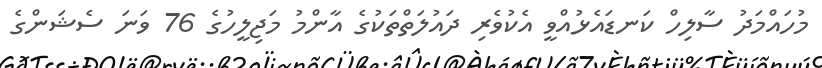
މުހައްމަދު ސާލިހް ކަނޑައެޅުއްވީ އެކުވެރި ދައުލަތްތަކުގެ އާންމު މަޖިލީހުގެ 76 ވަނަ ސެޝަންގެ